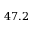
4 7 . 2